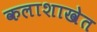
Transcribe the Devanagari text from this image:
कलाशाखेत